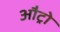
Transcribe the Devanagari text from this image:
औट्रो